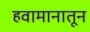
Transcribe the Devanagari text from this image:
हवामानातून